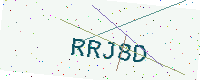
Text: RRJ8D